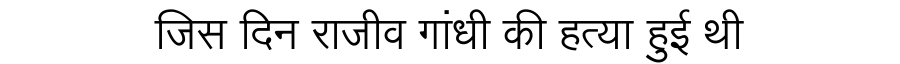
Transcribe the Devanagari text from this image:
जिस दिन राजीव गांधी की हत्या हुई थी